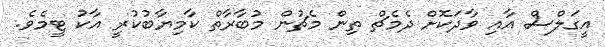
އީގަލްސް އާއި ވާދަކޮށް ދެމެޗް ތިން މެޗުން މުބާރާތް ކާމިޔާބުކުރީ އާކު ޓީމެވެ.